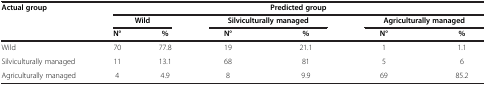
<table><thead><tr><td><b>Actual group</b></td><td colspan="6"><b>Predicted group</b></td></tr><tr><td><b> </b></td><td colspan="2"><b>Wild</b></td><td colspan="2"><b>Silviculturally managed</b></td><td colspan="2"><b>Agriculturally managed</b></td></tr><tr><td><b> </b></td><td><b>N°</b></td><td><b>%</b></td><td><b>N°</b></td><td><b>%</b></td><td><b>N°</b></td><td><b>%</b></td></tr></thead><tbody><tr><td>Wild</td><td>70</td><td>77.8</td><td>19</td><td>21.1</td><td>1</td><td>1.1</td></tr><tr><td>Silviculturally managed</td><td>11</td><td>13.1</td><td>68</td><td>81</td><td>5</td><td>6</td></tr><tr><td>Agriculturally managed</td><td>4</td><td>4.9</td><td>8</td><td>9.9</td><td>69</td><td>85.2</td></tr></tbody></table>